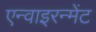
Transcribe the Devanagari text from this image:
एन्वाइरन्मेंट